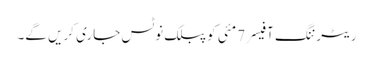
ریٹرننگ آفیسر 7 مئی کو پبلک نوٹس جاری کریں گے۔